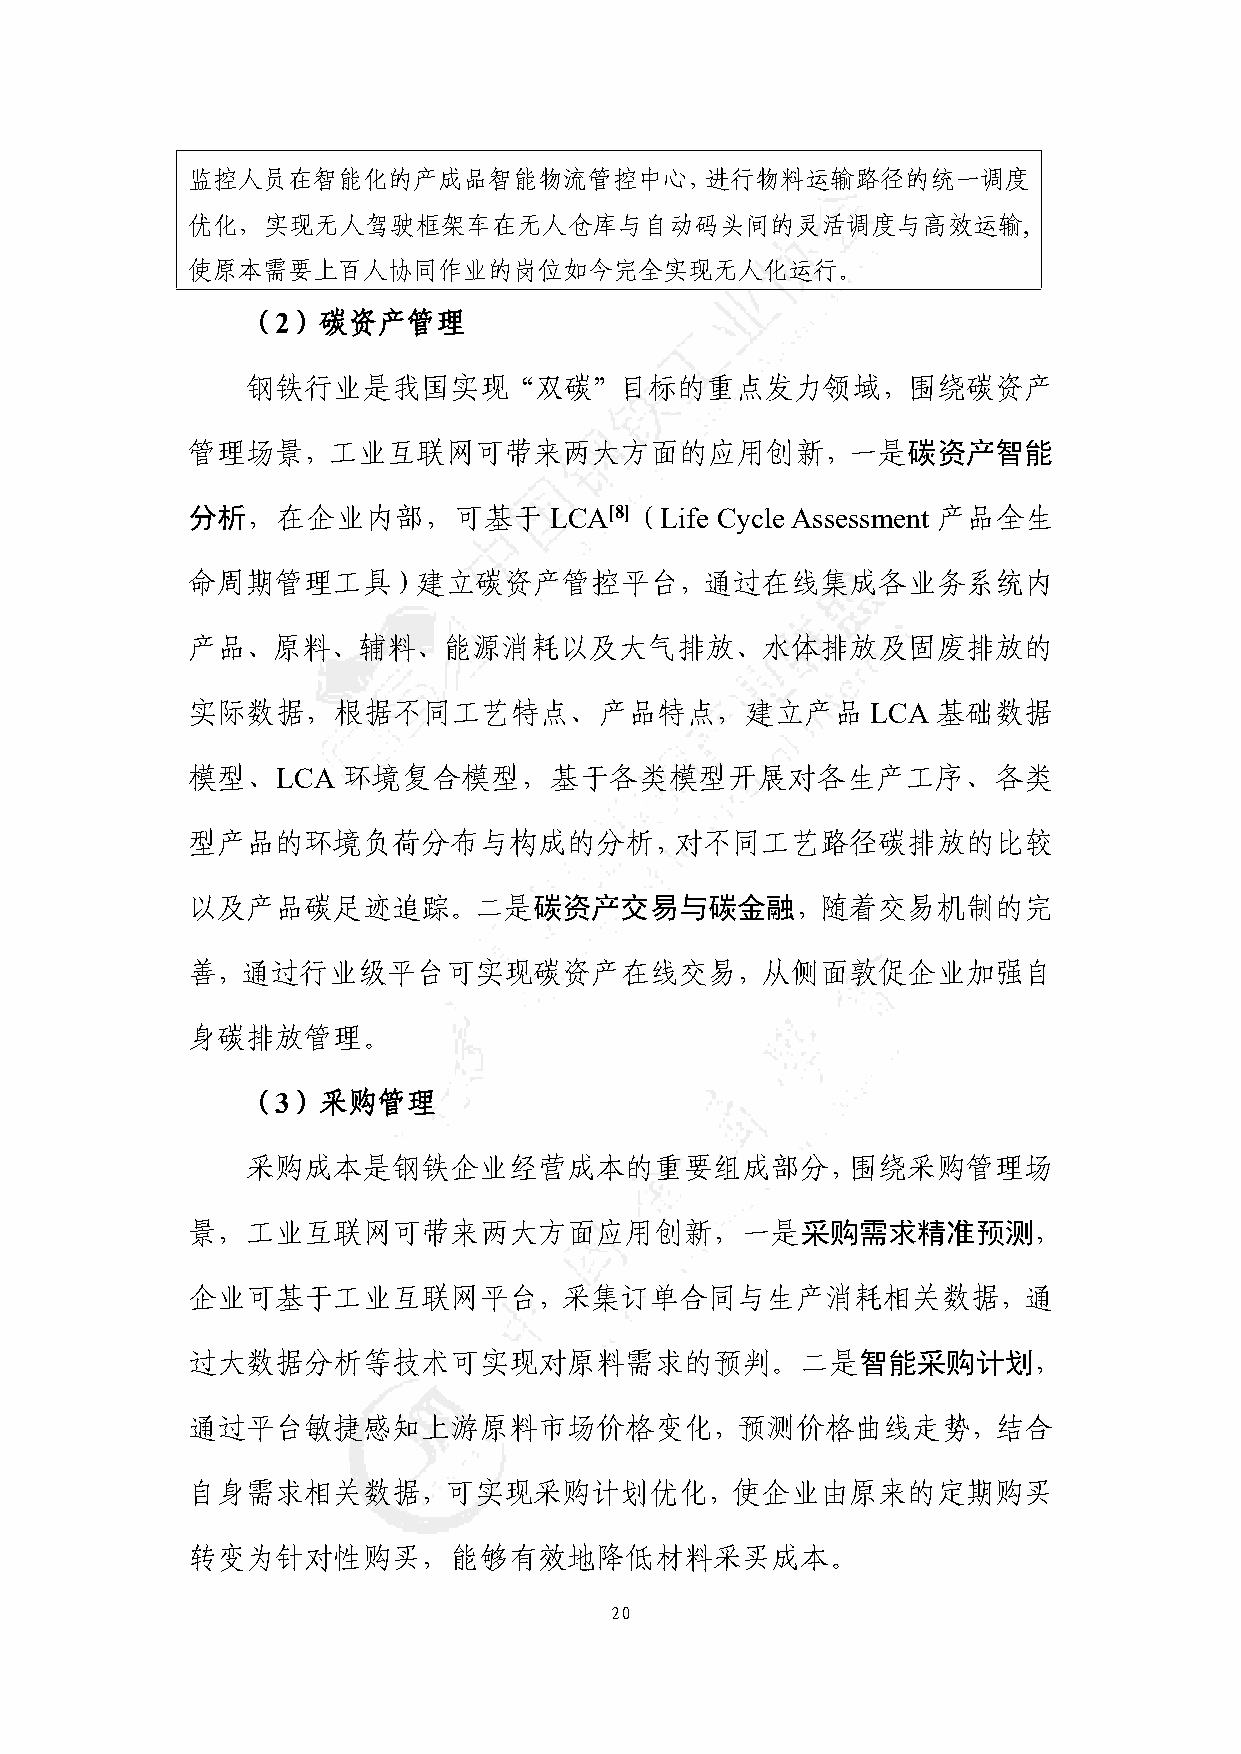
监控人员在智能化的产成品智能物流管控中心，进行物料运输路径的统一调度
 优化，实现无人驾驶框架车在无人仓库与自动码头间的灵活调度与高效运输,
 使原本需要上百人协同作业的岗位如今完全实现无人化运行。
 （2）碳资产管理
 钢铁行业是我国实现“双碳”目标的重点发力领域，围绕碳资产
 管理场景，工业互联网可带来两大方面的应用创新，一是碳资产智能
 分析，在企业内部，可基于            LCA[8]（Life CycleAssessment 产品全生
 命周期管理工具）建立碳资产管控平台，通过在线集成各业务系统内
 产品、原料、辅料、能源消耗以及大气排放、水体排放及固废排放的
 实际数据，根据不同工艺特点、产品特点，建立产品                       LCA 基础数据
 模型、LCA     环境复合模型，基于各类模型开展对各生产工序、各类
 型产品的环境负荷分布与构成的分析，对不同工艺路径碳排放的比较
 以及产品碳足迹追踪。二是碳资产交易与碳金融，随着交易机制的完
 善，通过行业级平台可实现碳资产在线交易，从侧面敦促企业加强自
 身碳排放管理。
 （3）采购管理
 采购成本是钢铁企业经营成本的重要组成部分，围绕采购管理场
 景，工业互联网可带来两大方面应用创新，一是采购需求精准预测，
 企业可基于工业互联网平台，采集订单合同与生产消耗相关数据，通
 过大数据分析等技术可实现对原料需求的预判。二是智能采购计划，
 通过平台敏捷感知上游原料市场价格变化，预测价格曲线走势，结合
 自身需求相关数据，可实现采购计划优化，使企业由原来的定期购买
 转变为针对性购买，能够有效地降低材料采买成本。
 20